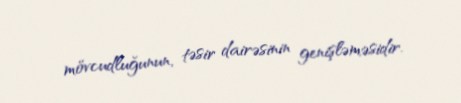
mövcudluğunun, təsir dairəsinin genişləməsidir.